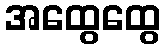
အထွေထွေ